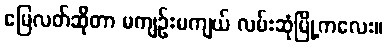
မြေလတ်ဆိုတာ မကျဉ်းမကျယ် လမ်းဆုံမြို့ကလေး။